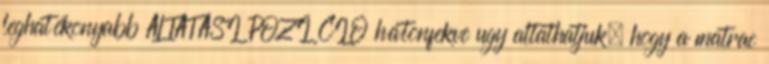
leghatékonyabb ALTATÁSI POZÍCIÓ hátonfekve ugy altathatjuk, hogy a matrac